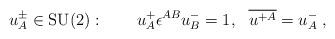
LaTeX: \begin{align*} u^\pm_A \in \mbox{SU(2)}: \qquad u^+_A \epsilon^{AB} u^-_B = 1, \ \ \overline{u^{+A}} = u^-_A \;,\end{align*}